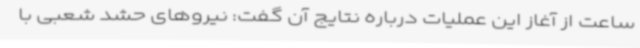
ساعت از آغاز این عملیات درباره نتایج آن گفت: نیروهای حشد شعبی با